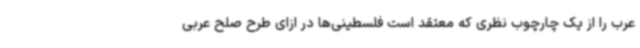
عرب را از یک چارچوب نظری که معتقد است فلسطینی‌ها در ازای طرح صلح عربی